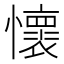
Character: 懷